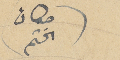
(مكان الختم)